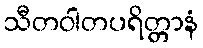
သီတဝါတပရိတ္တာနံ